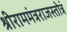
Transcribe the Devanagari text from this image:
श्रीराममंत्रराजस्तोत्रं